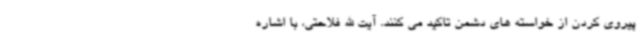
پیروی کردن از خواسته های دشمن تاکید می کنند. آیت الله فلاحتی، با اشاره